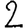
Digit: 2